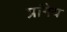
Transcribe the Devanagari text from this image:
प्रांगेय